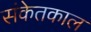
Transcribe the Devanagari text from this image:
संकेतकाल